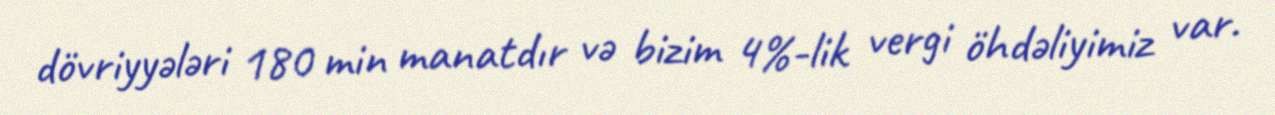
dövriyyələri 180 min manatdır və bizim 4%-lik vergi öhdəliyimiz var.